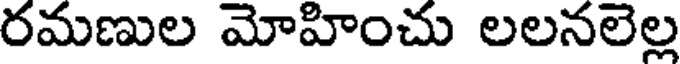
రమణుల మోహించు లలనలెల్ల